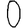
Digit: 0